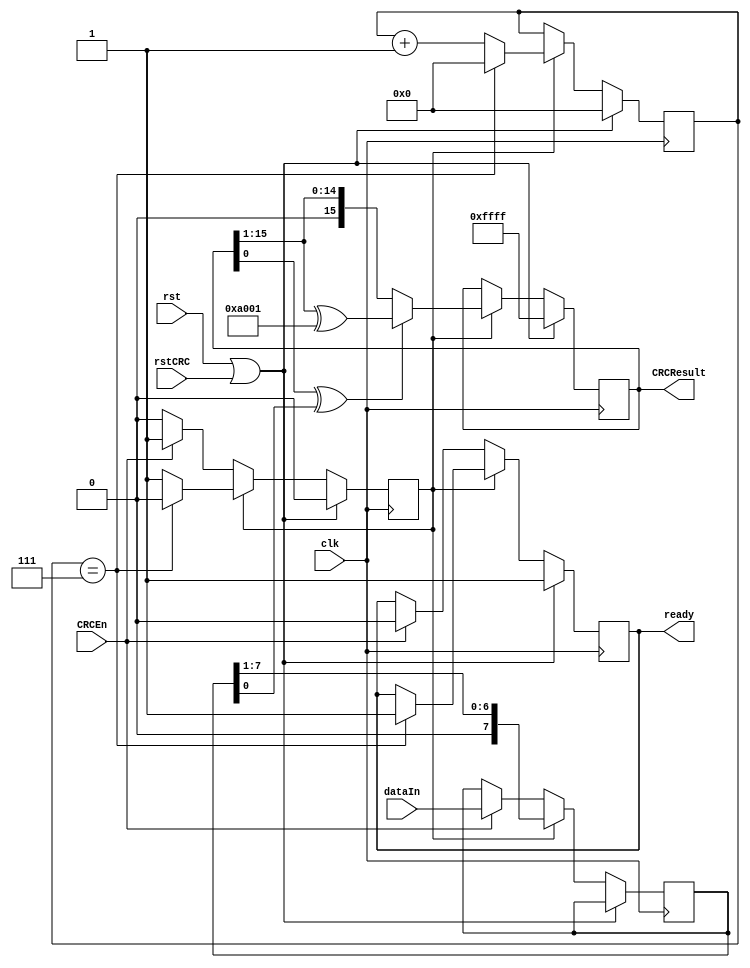
module updateCRC16_simlib (rstCRC, CRCResult, CRCEn, dataIn, ready, clk, rst);
input   rstCRC;
input   CRCEn;
input   [7:0] dataIn;
input   clk;
input   rst;
output  [15:0] CRCResult;
output ready;

wire   rstCRC;
wire   CRCEn;
wire   [7:0] dataIn;
wire   clk;
wire   rst;
reg    [15:0] CRCResult;
reg    ready;

reg doUpdateCRC;
reg [7:0] data;
reg [3:0] i;

always @(posedge clk)
begin
  if (rst == 1'b1 || rstCRC == 1'b1) begin
    doUpdateCRC <= 1'b0;
    i <= 4'h0;
    CRCResult <= 16'hffff;
    ready <= 1'b1;
  end
  else
  begin
    if (doUpdateCRC == 1'b0)
    begin
      if (CRCEn == 1'b1) begin
        doUpdateCRC <= 1'b1;
        data <= dataIn;
        ready <= 1'b0;
    end
    end
    else begin
      i <= i + 1'b1;
      if ( (CRCResult[0] ^ data[0]) == 1'b1) begin
        CRCResult <= {1'b0, CRCResult[15:1]} ^ 16'ha001;
      end
      else begin
        CRCResult <= {1'b0, CRCResult[15:1]};
      end
      data <= {1'b0, data[7:1]};
      if (i == 4'h7)
      begin
        doUpdateCRC <= 1'b0; 
        i <= 4'h0;
        ready <= 1'b1;
      end
    end
  end
end
    

endmodule